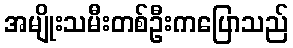
အမျိုးသမီးတစ်ဦးကပြောသည်